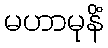
မဟာမုနိံ